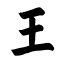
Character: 王